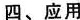
四、应用